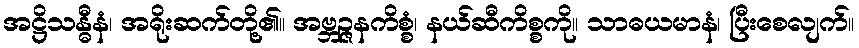
အဋ္ဌိသန္ဓီနံ၊ အရိုးဆက်တို့၏။ အဗ္ဘဉ္ဇနကိစ္စံ၊ နယ်ဆီကိစ္စကို။ သာဓယမာနံ၊ ပြီးစေလျက်။